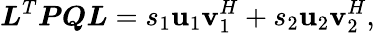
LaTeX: \boldsymbol{L}^{T}\boldsymbol{P}\boldsymbol{Q}\boldsymbol{L}=s_{1}\boldsymbol{\mathbf{u}}_{1}\boldsymbol{\mathbf{v}}_{1}^{H}+s_{2}\boldsymbol{\mathbf{u}}_{2}\boldsymbol{\mathbf{v}}_{2}^{H},